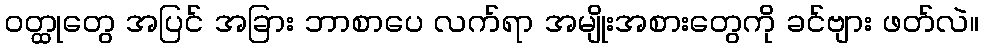
ဝတ္ထုတွေ အပြင် အခြား ဘာစာပေ လက်ရာ အမျိုးအစားတွေကို ခင်ဗျား ဖတ်လဲ။